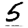
Digit: 5